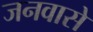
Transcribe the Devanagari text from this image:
जनवासे